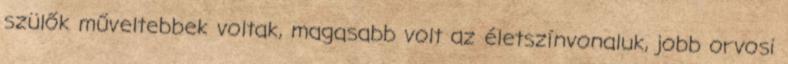
szülők műveltebbek voltak, magasabb volt az életszínvonaluk, jobb orvosi